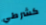
كشرطي